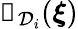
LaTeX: \mathbb{1}_{\mathcal{D}_{i}}({\boldsymbol{\xi}})